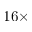
1 6 \times